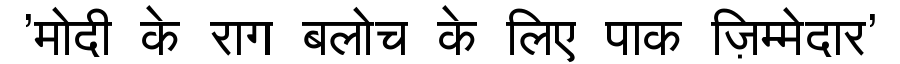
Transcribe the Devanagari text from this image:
'मोदी के राग बलोच के लिए पाक ज़िम्मेदार'